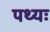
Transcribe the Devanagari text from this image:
पथ्यः